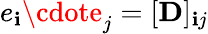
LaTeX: e_{\mathbf{i}}\cdote_{j}=[\mathbf{{D}}]_{\mathbf{i}j}